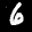
Label: 6